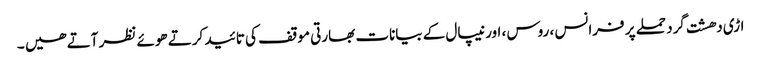
اڑی دھشت گرد حملے پر فرانس ، روس ، اور نیپال کے بیانات بھارتی موقف کی تائید کرتے ھوئے نظر آتے ھیں ۔